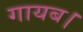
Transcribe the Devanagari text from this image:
गायब।